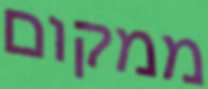
ממקום